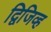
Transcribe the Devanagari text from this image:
द्विजिव्ह